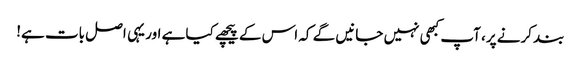
بند کرنے پر، آپ کبھی نہیں جانیں گے کہ اس کے پیچھے کیا ہے اور یہی اصل بات ہے!